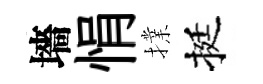
墻悁擈挺